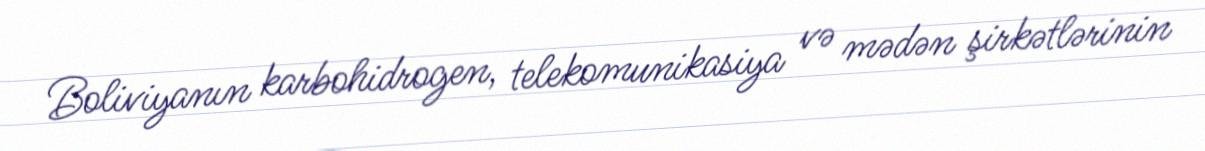
Boliviyanın karbohidrogen, telekomunikasiya və mədən şirkətlərinin